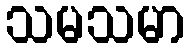
သမသမာ